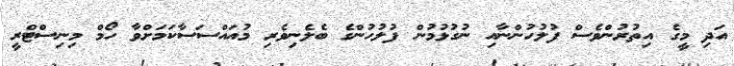
އަދި މީގެ އިތުރުންވެސް ފުލުހުންނާއި ނުގުޅުމުން ފުލުހުންގެ ބެލެނިވެރި މުއައްސަސާކަމަށްވާ ހޯމް މިނިސްޓްރީ